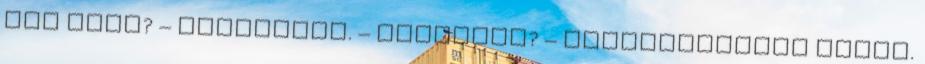
nem igaz? – kérdeztem. – Mulatság? – visszhangozta Bruno.